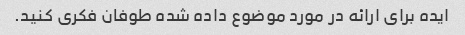
ایده برای ارائه در مورد موضوع داده شده طوفان فکری کنید.